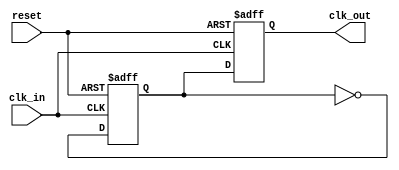
module ClockRecoveryPLL (
    input wire clk_in,         // Incoming data signal
    input wire reset,          // Asynchronous reset
    output wire clk_out        // Output clock signal
);

// Phase Detector (PD)
reg phase_error;              // Phase error signal
reg clk_reg;                  // Registered clock output

// Loop Filter (LF)
reg [7:0] control_voltage;    // Control voltage for the VCO
reg [7:0] loop_filter_out;    // Output of the loop filter

// Voltage-Controlled Oscillator (VCO)
reg [7:0] vco_frequency;      // VCO frequency control
reg vco_clk;                  // VCO clock output

// Memory Block
reg [7:0] memory_block[0:7]; // Simple FIFO structure to store phase error values
integer mem_ptr;              // Pointer to memory block

// Phase Detector operation
always @(posedge clk_in or posedge reset) begin
    if (reset) begin
        phase_error <= 0;
    end else begin
        // Simple XOR phase detector
        phase_error <= clk_reg ^ clk_in;
    end
end

// Loop Filter operation (First-Order for simplicity)
always @(posedge clk_in or posedge reset) begin
    if (reset) begin
        loop_filter_out <= 8'b0;
    end else begin
        loop_filter_out <= loop_filter_out + phase_error; // Simple integrative filter
        control_voltage <= loop_filter_out; // Directly use loop filter output as control voltage
    end
end

// VCO operation
always @(posedge clk_in or posedge reset) begin
    if (reset) begin
        vco_frequency <= 8'b0;
        vco_clk <= 0;
    end else begin
        // Adjust VCO frequency based on control voltage
        vco_frequency <= control_voltage;

        // Generate clock output based on VCO frequency
        vco_clk <= ~vco_clk; // Simple toggle for demonstration
    end
end

// Memory Block operation (FIFO)
always @(posedge clk_in or posedge reset) begin
    if (reset) begin
        mem_ptr <= 0;
    end else begin
        // Store phase error in memory block
        memory_block[mem_ptr] <= phase_error;
        mem_ptr <= (mem_ptr + 1) % 8; // Wrap around the pointer
    end
end

// Feedback mechanism
always @(posedge clk_in or posedge reset) begin
    if (reset) begin
        clk_reg <= 0;
    end else begin
        // Output clock is based on VCO output
        clk_reg <= vco_clk;
    end
end

// Assign output clock
assign clk_out = clk_reg;

endmodule